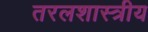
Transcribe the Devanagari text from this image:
तरलशास्त्रीय